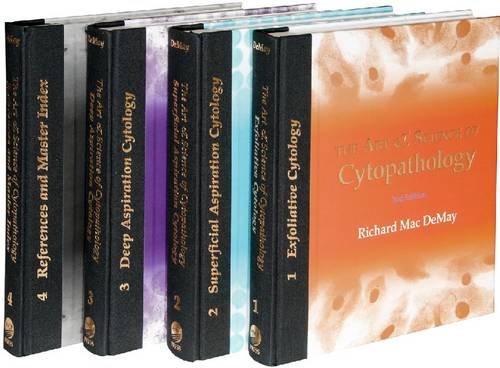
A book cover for The Art & Science of Cytopathology (4 Volume Set); Richard Mac Demay; Medical Books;